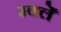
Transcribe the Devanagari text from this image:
म्क्लेँ